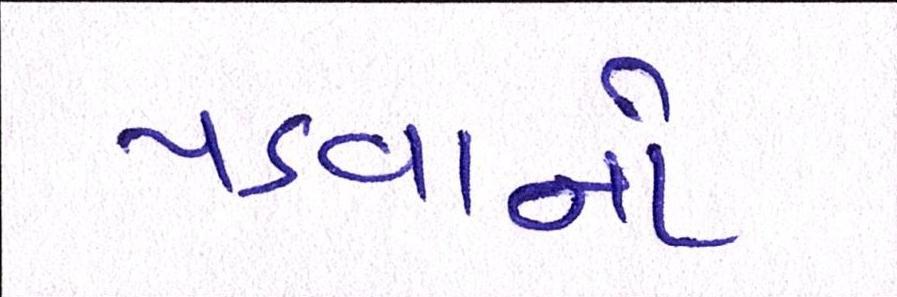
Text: પડવાનો